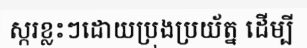
ស្ករខ្លះៗដោយប្រុងប្រយ័ត្ន ដើម្បី